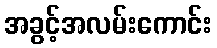
အခွင့်အလမ်းကောင်း